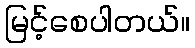
မြင့်စေပါတယ်။